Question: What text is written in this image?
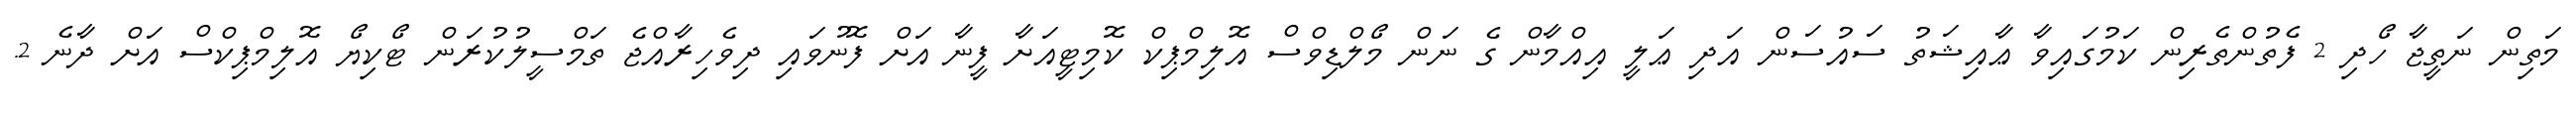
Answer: މަތިން ނަތީޖާ ހޯދި 2 ފެތުންތެރިން ކަމުގައިވާ ޢާއިޝަތު ސައުސަން އަދި ޢަލީ އިއްމާން ގެ ނަން މޯލްޑިވްސް އޮލިމްޕިކް ކޮމިޓީއަށާ ފީނާ އަށް ފޮނުވައި ދިވެހިރާއްޖެ ތަމްސީލުކުރަން ޓޯކިޔޯ އޮލިމްޕިކްސް އަށް ދާނެ 2.